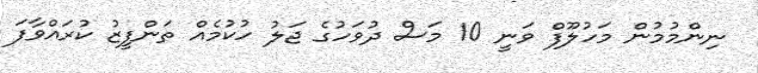
ނިންމުމުން މަހުލޫފް ވަނީ 10 މަސް ދުވަހުގެ ޖަލު ހުކުމެއް ތަންފީޒު ކުރައްވާފަ